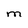
Character: M